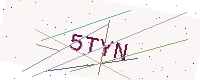
Text: 5TYN